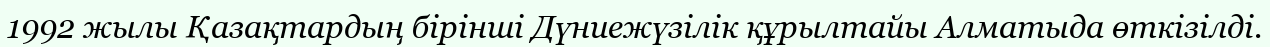
1992 жылы Қазақтардың бірінші Дүниежүзілік құрылтайы Алматыда өткізілді.